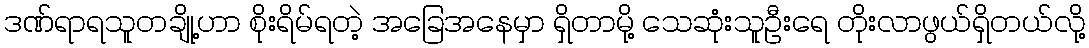
ဒဏ်ရာရသူတချို့ဟာ စိုးရိမ်ရတဲ့ အခြေအနေမှာ ရှိတာမို့ သေဆုံးသူဦးရေ တိုးလာဖွယ်ရှိတယ်လို့